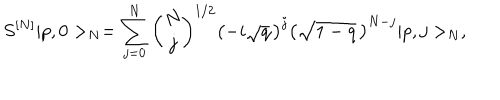
S ^ { [ N ] } \vert p , 0 > _ { N } = \sum _ { j = 0 } ^ { N } { \binom { N } { j } } ^ { 1 / 2 } \left( - i \sqrt { q } \, \right) ^ { j } \left( \sqrt { 1 - q } \, \right) ^ { N - j } \vert p , j > _ { N } ,